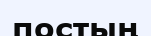
постың